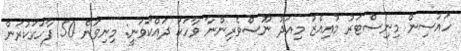
ހައުސިން މިނިސްޓަރު މުއިއްޒު މިއަދު ނޫސްވެރިންނާ ވާހަކަ ދައްކަވަނީ: މިނިވަން 50 ފާހަގަކުރަން